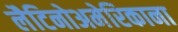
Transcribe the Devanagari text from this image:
लैटिनोअमेरिकाना